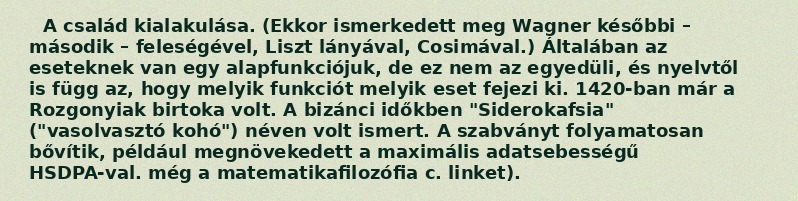
A család kialakulása. (Ekkor ismerkedett meg Wagner későbbi – második – feleségével, Liszt lányával, Cosimával.) Általában az eseteknek van egy alapfunkciójuk, de ez nem az egyedüli, és nyelvtől is függ az, hogy melyik funkciót melyik eset fejezi ki. 1420-ban már a Rozgonyiak birtoka volt. A bizánci időkben "Siderokafsia" ("vasolvasztó kohó") néven volt ismert. A szabványt folyamatosan bővítik, például megnövekedett a maximális adatsebességű HSDPA-val. még a matematikafilozófia c. linket).